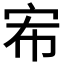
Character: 𭓤